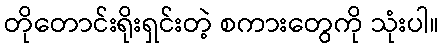
တိုတောင်းရိုးရှင်းတဲ့ စကားတွေကို သုံးပါ။